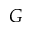
G